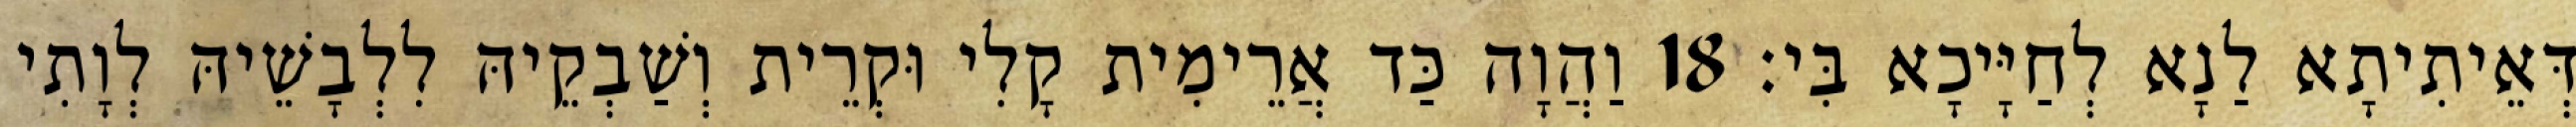
דְּאֵיתִיתָא לַנָא לְחַיָּיכָא בִּי׃ 18 וַהֲוָה כַּד אֲרֵימִית קָלִי וּקְרֵית וְשַׁבְקֵיהּ לִלְבָשֵׁיהּ לְוָתִי